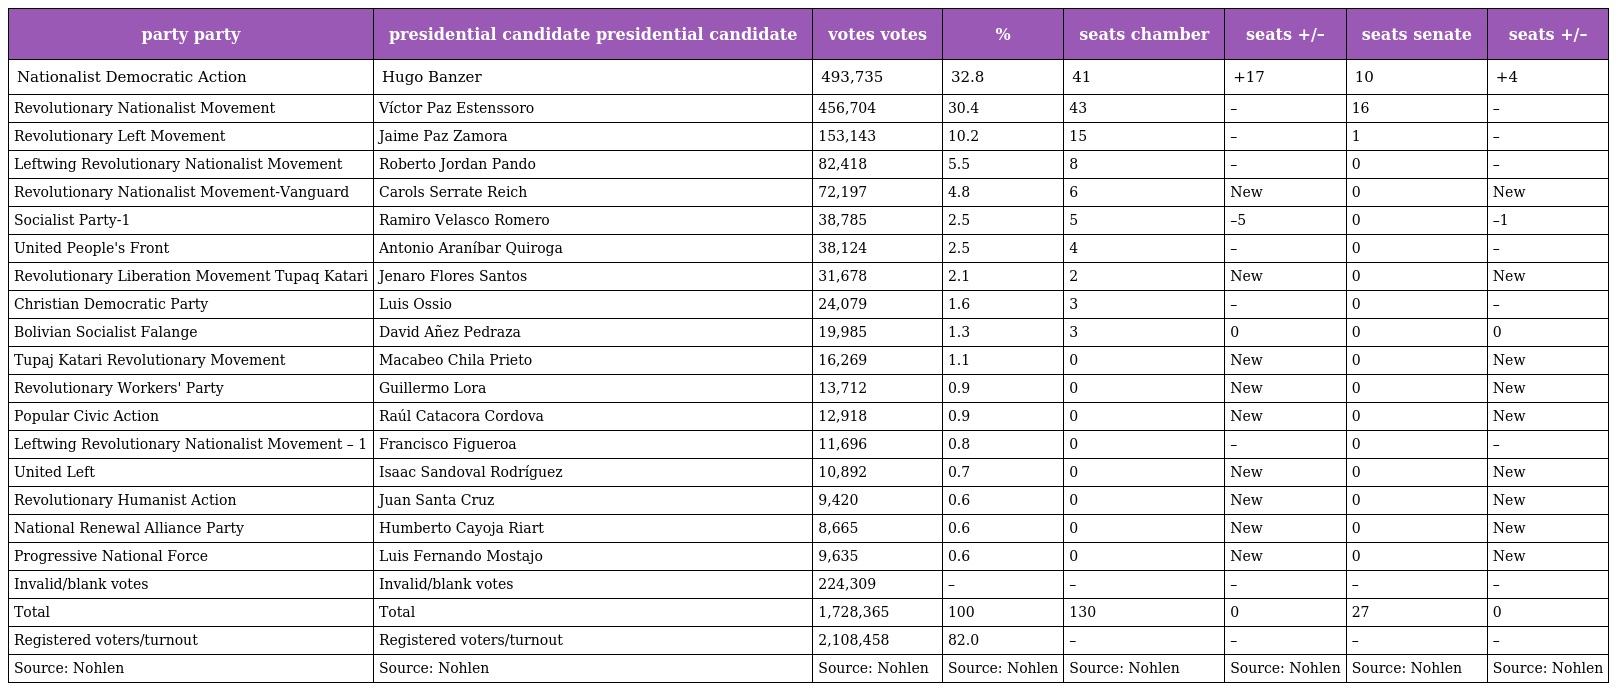
| party party | presidential candidate presidential candidate | votes votes | % | seats chamber | seats +/– | seats senate | seats +/– |
 | --- | --- | --- | --- | --- | --- | --- | --- |
 | Nationalist Democratic Action | Hugo Banzer | 493,735 | 32.8 | 41 | +17 | 10 | +4 |
 | Revolutionary Nationalist Movement | Víctor Paz Estenssoro | 456,704 | 30.4 | 43 | – | 16 | – |
 | Revolutionary Left Movement | Jaime Paz Zamora | 153,143 | 10.2 | 15 | – | 1 | – |
 | Leftwing Revolutionary Nationalist Movement | Roberto Jordan Pando | 82,418 | 5.5 | 8 | – | 0 | – |
 | Revolutionary Nationalist Movement-Vanguard | Carols Serrate Reich | 72,197 | 4.8 | 6 | New | 0 | New |
 | Socialist Party-1 | Ramiro Velasco Romero | 38,785 | 2.5 | 5 | –5 | 0 | –1 |
 | United People's Front | Antonio Araníbar Quiroga | 38,124 | 2.5 | 4 | – | 0 | – |
 | Revolutionary Liberation Movement Tupaq Katari | Jenaro Flores Santos | 31,678 | 2.1 | 2 | New | 0 | New |
 | Christian Democratic Party | Luis Ossio | 24,079 | 1.6 | 3 | – | 0 | – |
 | Bolivian Socialist Falange | David Añez Pedraza | 19,985 | 1.3 | 3 | 0 | 0 | 0 |
 | Tupaj Katari Revolutionary Movement | Macabeo Chila Prieto | 16,269 | 1.1 | 0 | New | 0 | New |
 | Revolutionary Workers' Party | Guillermo Lora | 13,712 | 0.9 | 0 | New | 0 | New |
 | Popular Civic Action | Raúl Catacora Cordova | 12,918 | 0.9 | 0 | New | 0 | New |
 | Leftwing Revolutionary Nationalist Movement – 1 | Francisco Figueroa | 11,696 | 0.8 | 0 | – | 0 | – |
 | United Left | Isaac Sandoval Rodríguez | 10,892 | 0.7 | 0 | New | 0 | New |
 | Revolutionary Humanist Action | Juan Santa Cruz | 9,420 | 0.6 | 0 | New | 0 | New |
 | National Renewal Alliance Party | Humberto Cayoja Riart | 8,665 | 0.6 | 0 | New | 0 | New |
 | Progressive National Force | Luis Fernando Mostajo | 9,635 | 0.6 | 0 | New | 0 | New |
 | Invalid/blank votes | Invalid/blank votes | 224,309 | – | – | – | – | – |
 | Total | Total | 1,728,365 | 100 | 130 | 0 | 27 | 0 |
 | Registered voters/turnout | Registered voters/turnout | 2,108,458 | 82.0 | – | – | – | – |
 | Source: Nohlen | Source: Nohlen | Source: Nohlen | Source: Nohlen | Source: Nohlen | Source: Nohlen | Source: Nohlen | Source: Nohlen |